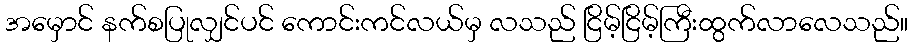
အမှောင် နက်စပြုလျှင်ပင် ကောင်းကင်လယ်မှ လသည် ငြိမ့်ငြိမ့်ကြီးထွက်လာလေသည်။